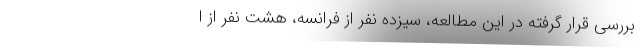
بررسی قرار گرفته در این مطالعه، سیزده نفر از فرانسه، هشت نفر از ا